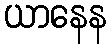
ယာနေန